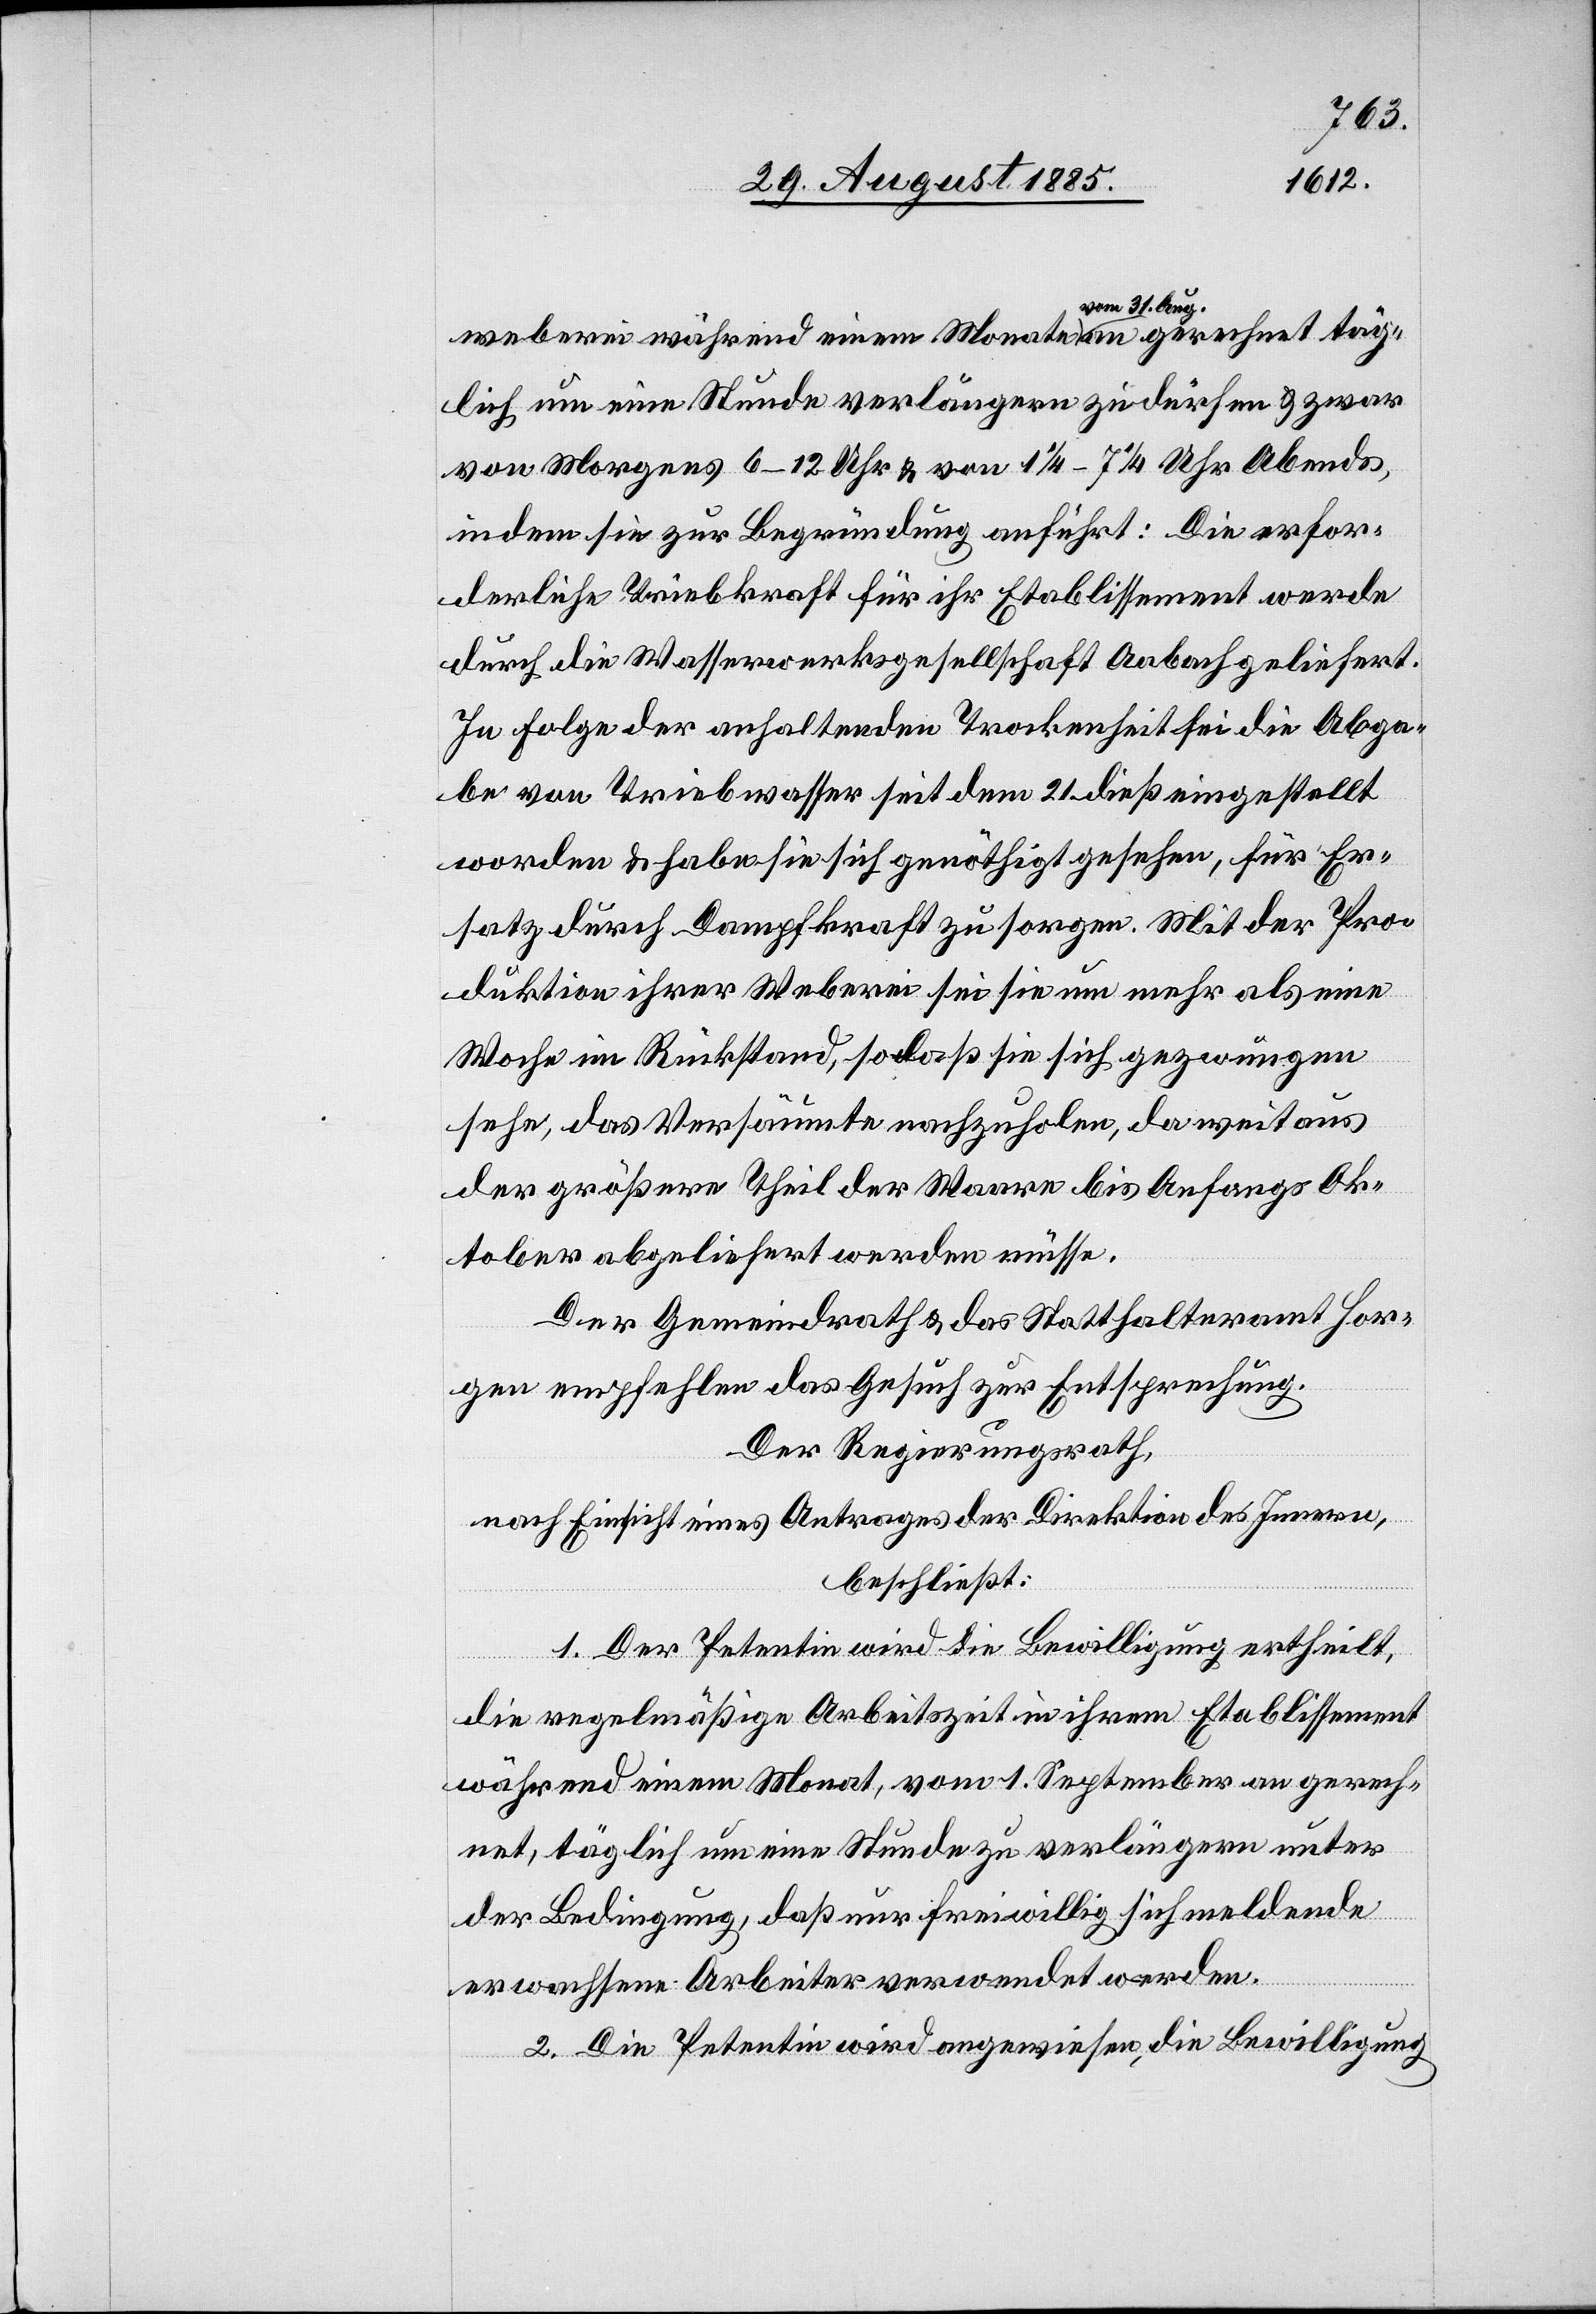
weberei während einem Monate a-vom 31. Aug.-a gerechnet täg¬
lich um eine Stunde verlängern zu dürfen & zwar
von Morgens 6–12 Uhr & von 1 1/4–7 1/4 Uhr Abends,
indem sie zur Begründung anführt: Die erfor¬
derliche Triebkraft für ihr Etablissement werde
durch die Wasserwerksgesellschaft Aabach geliefert.
In Folge der anhaltenden Trockenheit sei die Abga¬
be von Triebwasser seit dem 21. dieß eingestellt
worden & habe sie sich genöthigt gesehen, für Er¬
satz durch Dampfkraft zu sorgen. Mit der Pro¬
duktion ihrer Weberei sei sie um mehr als eine
Woche im Rückstand, so daß sie sich gezwungen
sehe, das Versäumte nachzuholen, da weit aus
der größere Theil der Waare bis Anfangs Ok¬
tober abgeliefert werden müsse.
Der Gemeindrath & das Statthalteramt Hor¬
gen empfehlen das Gesuch zur Entsprechung.
Der Regierungsrath,
nach Einsicht eines Antrages der Direktion des Innern,
beschließt:
1. Der Petentin wird die Bewilligung ertheilt,
die regelmäßige Arbeitszeit in ihrem Etablissement
während einem Monat, vom 1. September an gerech¬
net täglich um eine Stunde zu verlängern unter
der Bedingung, daß nur freiwillig sich meldende
erwachsene Arbeiter verwendet werden.
2. Die Petentin wird angewiesen, die Bewilligung